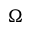
\Omega